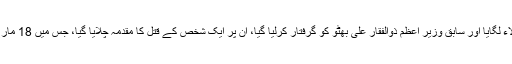
پانچ جولائی کو جنرل ضیاء الحق نے ملک میں مارشل لاء لگایا اور سابق وزیر اعظم ذوالفقار علی بھٹو کو گرفتار کرلیا گیا، ان پر ایک شخص کے قتل کا مقدمہ چلایا گیا، جس میں 18 مارچ 1978 کو ان کو ہائی کورٹ نے سزائے موت سنائی۔